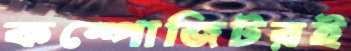
কম্পোজিটরই